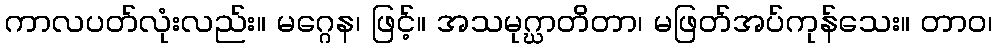
ကာလပတ်လုံးလည်း။ မဂ္ဂေန၊ ဖြင့်။ အသမုဂ္ဃာတိတာ၊ မဖြတ်အပ်ကုန်သေး။ တာဝ၊